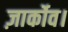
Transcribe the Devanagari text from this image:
ज़ार्कोव।